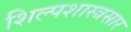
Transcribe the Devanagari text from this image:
शिल्पशास्त्रसार